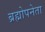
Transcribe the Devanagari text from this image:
ब्रह्मोपनेता